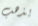
يذهب